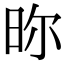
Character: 𣆋